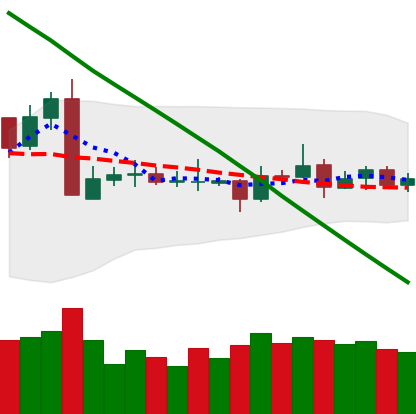
Ticker: ETC-USD
Chart end date: 2019-03-12
Forward return: 3.787%
Label: up_3_5